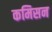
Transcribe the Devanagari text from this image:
कमिसन